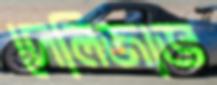
দেলিজাভ